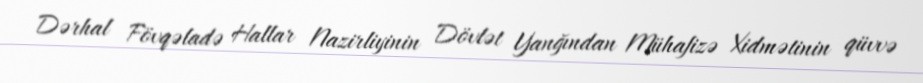
Dərhal Fövqəladə Hallar Nazirliyinin Dövlət Yanğından Mühafizə Xidmətinin qüvvə